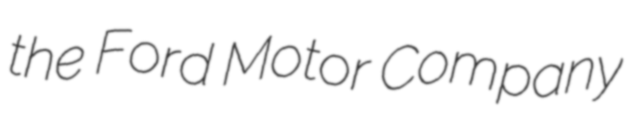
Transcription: the Ford Motor Company